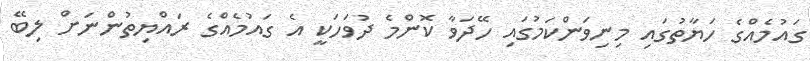
ގައުމެއްގެ ހަޔާތުގައި މިނިވަންކަމުގައި ހޭދަވާ ކޮންމެ ދުވަހަކީ އެ ގައުމެއްގެ ރައްޔިތުންނަށް ލިބޭ